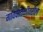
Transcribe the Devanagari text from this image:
गावपातळीवरील